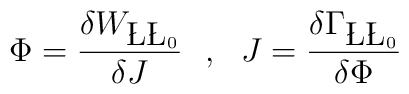
\Phi = \frac{\delta W_{\L\L_0}}{\delta J}~~,~~J = \frac{\delta \Gamma_{\L\L_0}}{\delta \Phi}